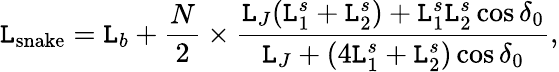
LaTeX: \mathtt{L}_{\mathrm{{snake}}}=\mathtt{L}_{b}+\frac{{N}}{{2}}\times\frac{{\mathtt{L}_{J}(\mathtt{L}_{1}^{s}+\mathtt{L}_{2}^{s})+\mathtt{L}_{1}^{s}\mathtt{L}_{2}^{s}\cos\delta_{0}}}{{\mathtt{L}_{J}+(4\mathtt{L}_{1}^{s}+\mathtt{L}_{2}^{s})\cos\delta_{0}}},